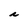
Character: r